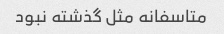
متاسفانه مثل گذشته نبود